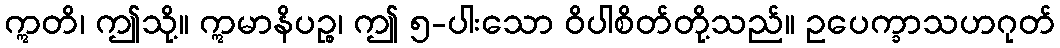
ဣတိ၊ ဤသို့။ ဣမာနိပဉ္စ၊ ဤ ၅-ပါးသော ဝိပါစိတ်တို့သည်။ ဥပေက္ခာသဟဂုတ်